Civil Veterinary Dept. North-West Frontier Province 1901-22 - 1901-1922
Year: 1901
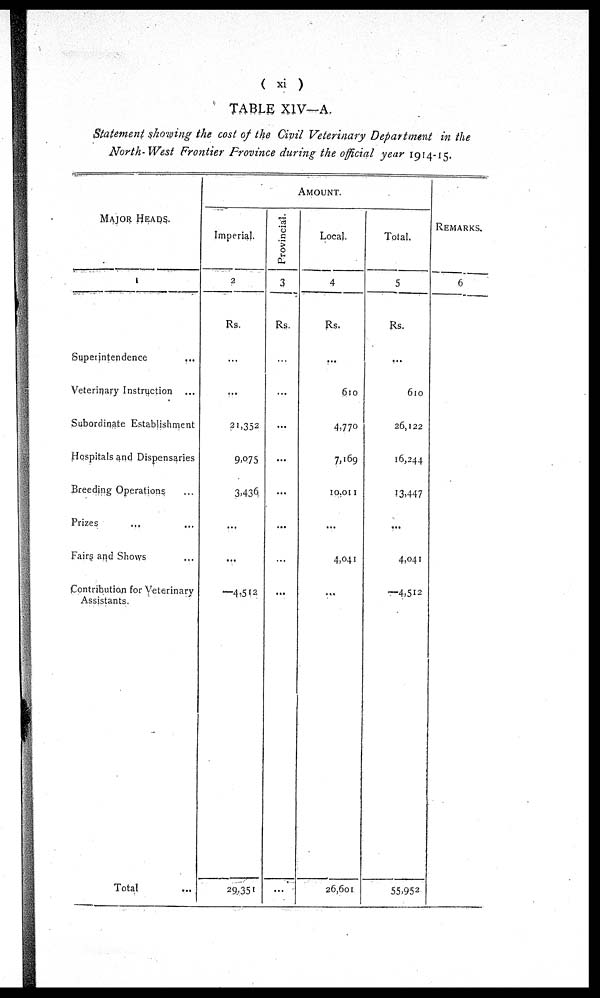
(xi)
TABLE XIV—A.
Statement showing the cost of the Civil Veterinary Department in the
North-West Frontier Province during the official year 1914-15.
MAJOR HEADS.
1
Superintendence ...
Veterinary Instruction …
Subordinate Establishment …
Hospitals and Dispensaries
Breeding Operations …
Prizes … …
Fairs and Shows …
Contribution for Veterinary
Assistants.
Total …
AMOUNT.
Imperial.
2
Rs.
...
...
21,352
9.075
3.436
...
...
—4,512
29,351
Provincial.
3
Rs.
...
...
...
...
...
...
...
…
...
Local.
4
Rs.
...
610
4,770
7,169
10,011
...
4,041
…
26,601
Total.
5
Rs.
...
610
26,122
16,244
13,447
...
4,041
—4,512
55.952
REMARKS.
6